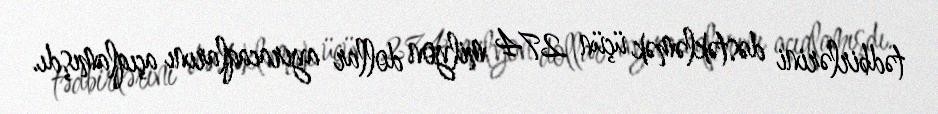
tədbirlərini dəstəkləmək üçün 274 milyon dollar ayıracaqlarını açıqlamışdı.